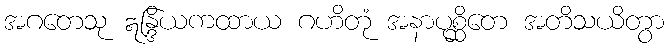
အဂတေသု ဣန္ဒြိယကထာယ ဂဟိတုံ အနာပုစ္ဆိတေ အတိသယိတွာ